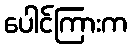
ပေါင်ကြားက